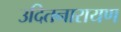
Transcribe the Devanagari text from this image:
उदितनारायण